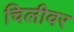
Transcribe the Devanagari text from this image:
चिलीवर